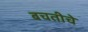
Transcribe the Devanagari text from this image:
बचतीचे